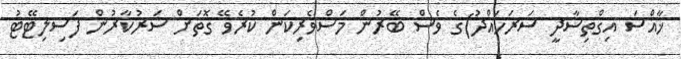
ޚާއްސަ އިގްތިސާދީ ސަރަހައްދު)ގެ ވެސް ބޭރުން މަސްވެރިކަން ކުރެވޭ ގޮތަށް ސަރުކާރުން ފަސިލިޓޭޓު